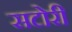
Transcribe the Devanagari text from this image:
सटोरी